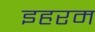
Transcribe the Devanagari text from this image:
इहरम